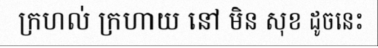
ក្រហល់ ក្រហាយ នៅ មិន សុខ ដូចនេះ